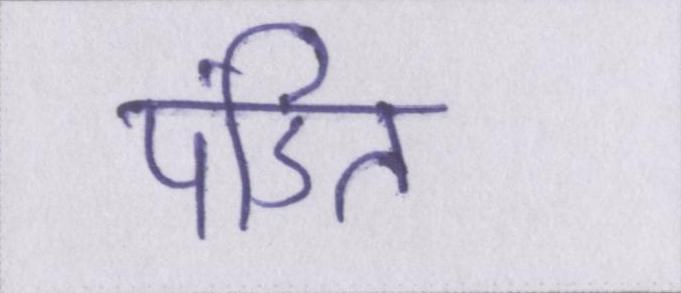
पंडित